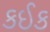
કઈક